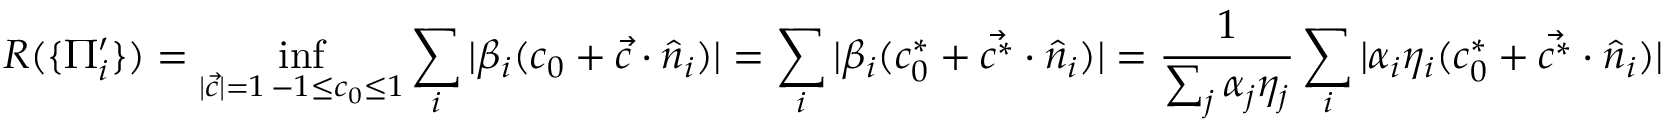
R ( \{ \Pi _ { i } ^ { \prime } \} ) = \operatorname* { i n f } _ { \substack { | \vec { c } | = 1 \, - 1 \le c _ { 0 } \le 1 } } \sum _ { i } | \beta _ { i } ( c _ { 0 } + \vec { c } \cdot \hat { n } _ { i } ) | = \sum _ { i } | \beta _ { i } ( c _ { 0 } ^ { * } + \vec { c ^ { * } } \cdot \hat { n } _ { i } ) | = \frac { 1 } { \sum _ { j } \alpha _ { j } \eta _ { j } } \sum _ { i } | \alpha _ { i } \eta _ { i } ( c _ { 0 } ^ { * } + \vec { c ^ { * } } \cdot \hat { n } _ { i } ) |